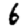
Digit: 6